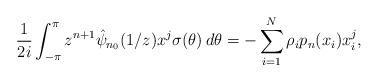
LaTeX: \begin{align*}\frac{1}{2i}\int^\pi_{-\pi} z^{n+1}\hat\psi_{n_0}(1/z)x^j\sigma(\theta)\, d\theta = -\sum^N_{i=1}\rho_i p_n (x_i)x^j_i ,\end{align*}